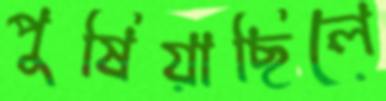
পুষিয়াছিলে